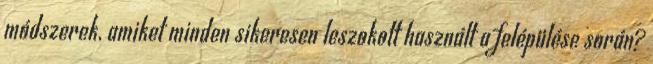
módszerek, amiket minden sikeresen leszokott használt a felépülése során?